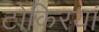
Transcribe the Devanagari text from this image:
टोकिरयां